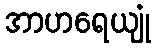
အာဟရေယျုံ